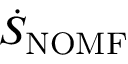
\dot { S } _ { \mathrm { { N O M F } } }